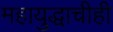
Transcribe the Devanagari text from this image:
महायुद्धाचीही